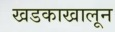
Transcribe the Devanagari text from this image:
खडकाखालून